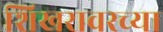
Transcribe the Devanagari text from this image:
शिखरावरच्या